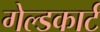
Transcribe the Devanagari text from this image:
गेल्डकार्ट